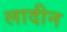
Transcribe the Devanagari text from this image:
लादीन